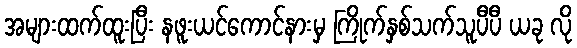
အများထက်ထူးပြီး နဖူးယင်ကောင်နားမှ ကြိုက်နှစ်သက်သူပီပီ ယခု လို